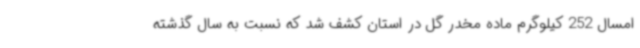
امسال 252 کیلوگرم ماده مخدر گل در استان کشف شد که نسبت به سال گذشته